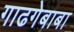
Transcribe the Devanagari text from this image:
गाढगेबाबा